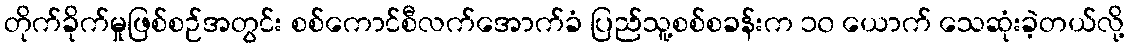
တိုက်ခိုက်မှုဖြစ်စဉ်အတွင်း စစ်ကောင်စီလက်အောက်ခံ ပြည်သူ့စစ်စခန်းက ၁၀ ယောက် သေဆုံးခဲ့တယ်လို့